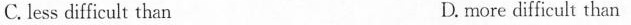
C. less difficult than D. more difficult than